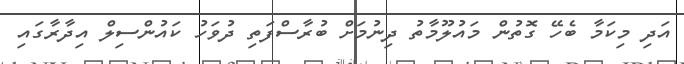
އަދި މިކަމާ ބެހޭ ގޮތުން މައުލޫމާތު ދިނުމަށް ބުރާސްފަތި ދުވަހު ކައުންސިލް އިދާރާގައި